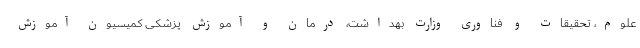
علوم، تحقیقات و فناوری وزارت بهداشت، درمان و آموزش پزشکی کمیسیون آموزش